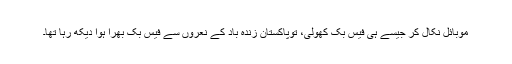
موبائل نکال کر جیسے ہی فیس بک کھولی، توپاکستان زندہ باد کے نعروں سے فیس بک بھرا ہوا دیکھ رہا تھا۔